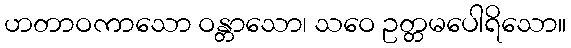
ဟတာဝကာသော ဝန္တာသော၊ သဝေ ဥတ္တမပေါရိသော။